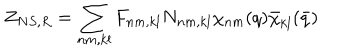
Z _ { N S , R } = \sum _ { n m , k l } F _ { n m , k l } N _ { n m , k l } \chi _ { n m } ( q ) \bar { \chi } _ { k l } ( \bar { q } )